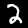
Digit: 2